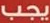
يجب